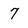
Character: 7